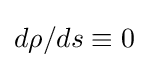
d\rho /ds\equiv 0